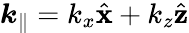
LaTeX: {\boldsymbol k_{\parallel}}=k_{x}\hat{\mathbf x}+k_{z}\hat{\mathbf z}